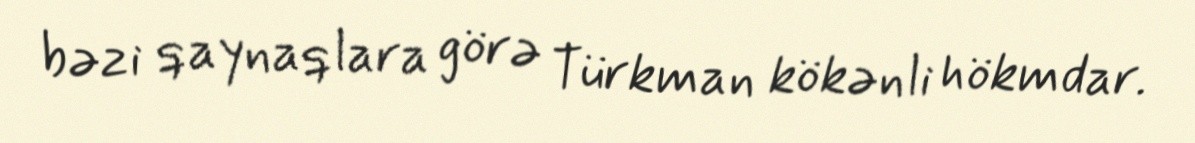
bəzi qaynaqlara görə Türkman kökənli hökmdar.